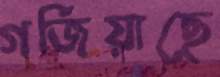
গর্জিয়াছে